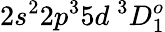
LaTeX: {2s^{2}2p^{3}5d~^{3}D_{1}^{o}}